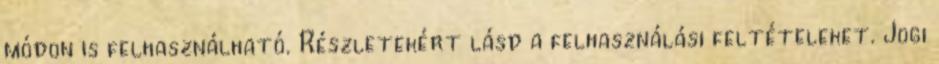
módon is felhasználható. Részletekért lásd a felhasználási feltételeket. Jogi